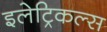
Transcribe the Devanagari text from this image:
इलेट्रिकल्स